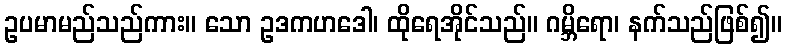
ဥပမာမည်သည်ကား။ သော ဥဒကဟဒေါ၊ ထိုရေအိုင်သည်။ ဂမ္ဘိရော၊ နက်သည်ဖြစ်၍။